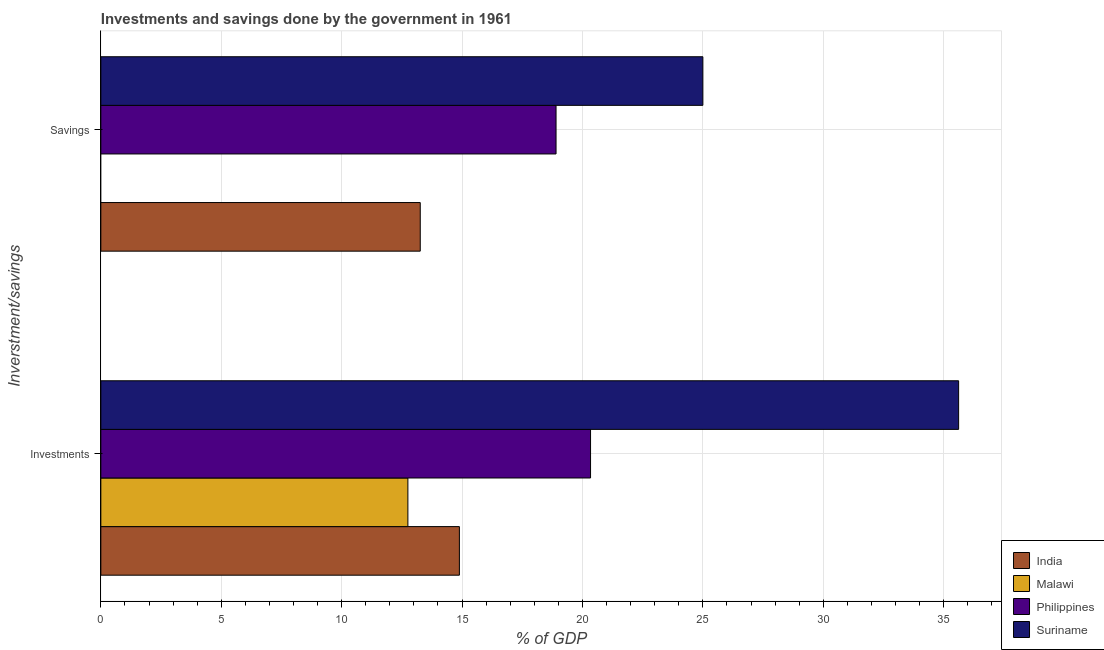
| Inverstment/savings | India | Malawi | Philippines | Suriname |
 | --- | --- | --- | --- | --- |
 | Investments | 14.9 | 12.8 | 20.3 | 35.6 |
 | Savings | 13.3 | -2.81 | 18.9 | 25 |